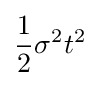
{\frac {1}{2}}\sigma ^{2}t^{2}